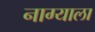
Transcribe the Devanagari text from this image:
नाग्याला